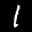
Label: 1